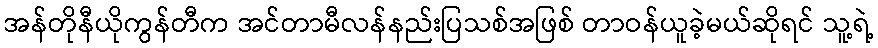
အန်တိုနီယိုကွန်တီက အင်တာမီလန်နည်းပြသစ်အဖြစ် တာဝန်ယူခဲ့မယ်ဆိုရင် သူ့ရဲ့